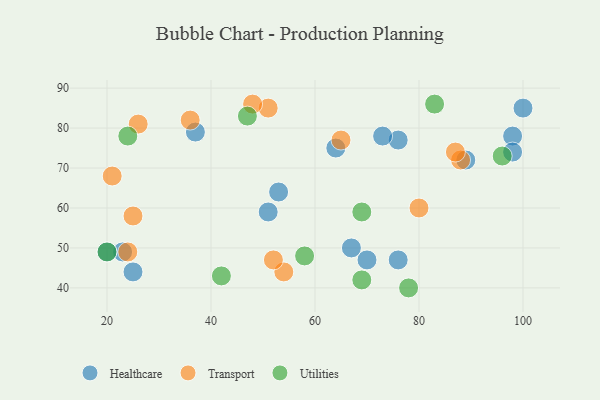
{"axis": {"x": "GDP", "y": "Life Expectancy"}, "legend": ["Healthcare", "Transport", "Utilities"], "data": [{"x": "37", "y": 79, "type": "Healthcare"}, {"x": "53", "y": 64, "type": "Healthcare"}, {"x": "23", "y": 49, "type": "Healthcare"}, {"x": "25", "y": 44, "type": "Healthcare"}, {"x": "89", "y": 72, "type": "Healthcare"}, {"x": "70", "y": 47, "type": "Healthcare"}, {"x": "76", "y": 77, "type": "Healthcare"}, {"x": "73", "y": 78, "type": "Healthcare"}, {"x": "20", "y": 49, "type": "Healthcare"}, {"x": "51", "y": 59, "type": "Healthcare"}, {"x": "64", "y": 75, "type": "Healthcare"}, {"x": "98", "y": 78, "type": "Healthcare"}, {"x": "98", "y": 74, "type": "Healthcare"}, {"x": "76", "y": 47, "type": "Healthcare"}, {"x": "67", "y": 50, "type": "Healthcare"}, {"x": "100", "y": 85, "type": "Healthcare"}, {"x": "51", "y": 85, "type": "Transport"}, {"x": "48", "y": 86, "type": "Transport"}, {"x": "88", "y": 72, "type": "Transport"}, {"x": "21", "y": 68, "type": "Transport"}, {"x": "24", "y": 49, "type": "Transport"}, {"x": "36", "y": 82, "type": "Transport"}, {"x": "54", "y": 44, "type": "Transport"}, {"x": "87", "y": 74, "type": "Transport"}, {"x": "26", "y": 81, "type": "Transport"}, {"x": "52", "y": 47, "type": "Transport"}, {"x": "25", "y": 58, "type": "Transport"}, {"x": "80", "y": 60, "type": "Transport"}, {"x": "65", "y": 77, "type": "Transport"}, {"x": "24", "y": 78, "type": "Utilities"}, {"x": "47", "y": 83, "type": "Utilities"}, {"x": "58", "y": 48, "type": "Utilities"}, {"x": "42", "y": 43, "type": "Utilities"}, {"x": "20", "y": 49, "type": "Utilities"}, {"x": "78", "y": 40, "type": "Utilities"}, {"x": "69", "y": 42, "type": "Utilities"}, {"x": "69", "y": 59, "type": "Utilities"}, {"x": "96", "y": 73, "type": "Utilities"}, {"x": "83", "y": 86, "type": "Utilities"}]}